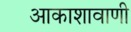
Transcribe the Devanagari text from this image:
आकाशावाणी